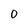
Character: 0